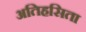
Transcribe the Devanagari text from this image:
अतिहसिता